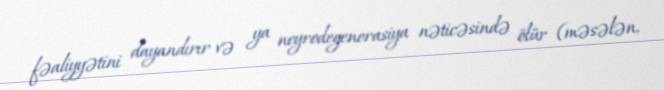
fəaliyyətini dayandırır və ya neyrodegenerasiya nəticəsində ölür (məsələn,